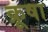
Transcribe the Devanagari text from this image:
क्रूषा